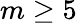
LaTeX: m\ge 5